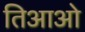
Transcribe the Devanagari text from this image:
तिआओ